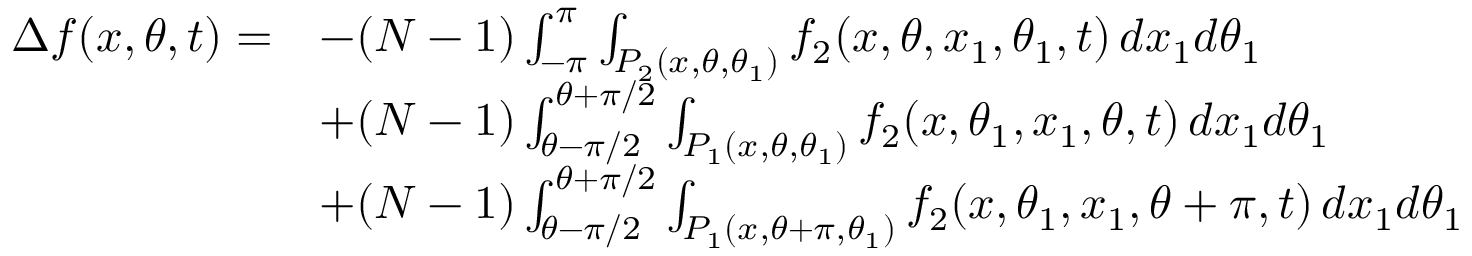
\begin{array} { r l } { \Delta f ( x , \theta , t ) = } & { - ( N - 1 ) \int _ { - \pi } ^ { \pi } \int _ { P _ { 2 } ( x , \theta , \theta _ { 1 } ) } f _ { 2 } ( x , \theta , x _ { 1 } , \theta _ { 1 } , t ) \, d x _ { 1 } d \theta _ { 1 } } \\ & { + ( N - 1 ) \int _ { \theta - \pi / 2 } ^ { \theta + \pi / 2 } \int _ { P _ { 1 } ( x , \theta , \theta _ { 1 } ) } f _ { 2 } ( x , \theta _ { 1 } , x _ { 1 } , \theta , t ) \, d x _ { 1 } d \theta _ { 1 } } \\ & { + ( N - 1 ) \int _ { \theta - \pi / 2 } ^ { \theta + \pi / 2 } \int _ { P _ { 1 } ( x , \theta + \pi , \theta _ { 1 } ) } f _ { 2 } ( x , \theta _ { 1 } , x _ { 1 } , \theta + \pi , t ) \, d x _ { 1 } d \theta _ { 1 } } \end{array}